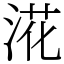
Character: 㳸